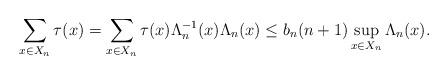
LaTeX: \begin{align*} \sum_{x\in X_n}\tau(x) = \sum_{x\in X_n}\tau(x) \Lambda^{-1}_n(x)\Lambda_n(x) \leq b_{n}(n+1) \sup_{x\in X_n}\Lambda_n(x).\end{align*}